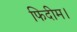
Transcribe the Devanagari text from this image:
फिदीम।